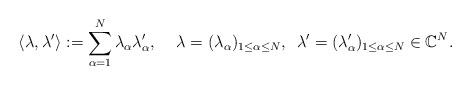
LaTeX: \begin{align*}\langle \lambda, \lambda' \rangle := \sum_{\alpha=1}^N \lambda_{\alpha} \lambda'_{\alpha}, \quad \, \lambda=(\lambda_{\alpha})_{1 \le \alpha \le N}, \,\,\, \lambda'=(\lambda'_{\alpha})_{1 \le \alpha \le N} \in \mathbb{C}^N. \end{align*}